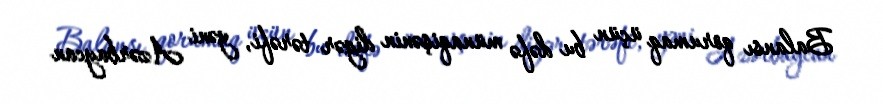
Balansı qorumaq üçün bu dəfə münaqişənin digər tərəfi, yəni Azərbaycan